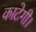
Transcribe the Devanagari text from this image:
काटेगी।